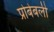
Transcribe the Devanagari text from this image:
प्रोबेबली